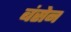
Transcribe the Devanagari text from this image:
बंसेन